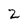
Character: Z